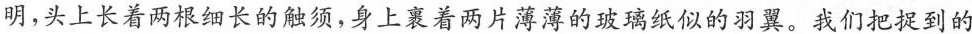
明，头上长着两根细长的触须，身上裹着两片薄薄的玻璃纸似的羽翼。我们把捉到的